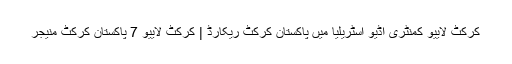
کرکٹ لايیو کمنٹری اڈیو اسٹریلیا میں پاکستان کرکٹ ریکارڈ | کرکٹ لايیو 7 پاکستان کرکٹ منیجر